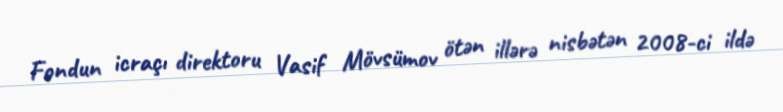
Fondun icraçı direktoru Vasif Mövsümov ötən illərə nisbətən 2008-ci ildə